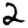
Digit: 2